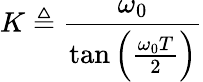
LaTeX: K\triangleq{\frac{\omega_{0}}{\tan\left({\frac{\omega_{0}T}{2}}\right)}}